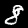
Label: 8